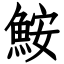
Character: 鮟